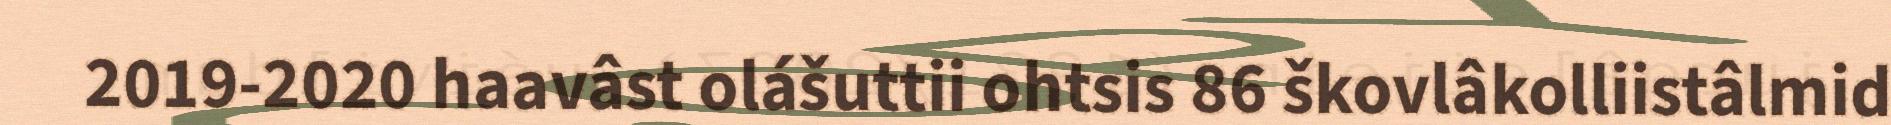
2019-2020 haavâst olášuttii ohtsis 86 škovlâkolliistâlmid